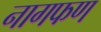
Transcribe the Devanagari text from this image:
नागफण